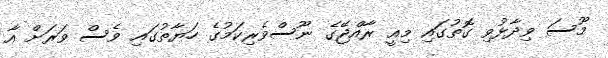
މޫސަ ވިދާޅުވި ގޮތުގައި މިއީ ރާއްޖޭގެ ނޫސްވެރިކަމުގެ ހަޔާތުގައި ވެސް ވަރަށް އާ